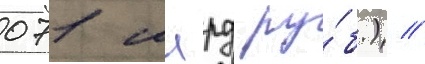
071 млрд ру́б.) //